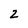
Character: 2